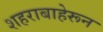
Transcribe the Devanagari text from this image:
शहराबाहेरून